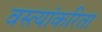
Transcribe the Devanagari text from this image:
वस्त्यांकरिता